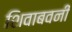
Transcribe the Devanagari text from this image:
शिवाबवनी